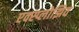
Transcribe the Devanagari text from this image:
एक्स्प्लोझिव